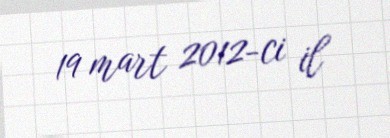
19 mart 2012-ci il